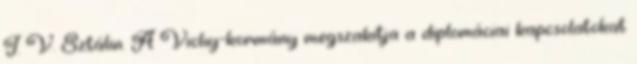
J. V. Sztálin. A Vichy-kormány megszakítja a diplomáciai kapcsolatokat